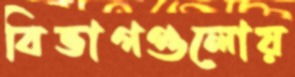
বিভাগগুলোয়